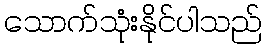
သောက်သုံးနိုင်ပါသည်